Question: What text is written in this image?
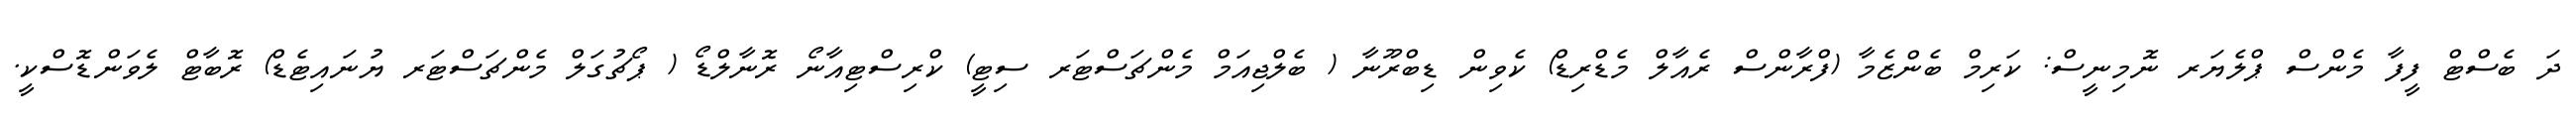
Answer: ދަ ބެސްޓް ފީފާ މެންސް ޕްލެޔަރ ނޮމިނީސް: ކަރިމް ބެންޒެމާ (ފްރާންސް ރެއާލް މެޑްރިޑް) ކެވިން ޑިބްރޫނާ ( ބެލްޖިއަމް މެންޗަސްޓަރ ސިޓީ) ކްރިސްޓިއާނޯ ރޮނާލްޑޯ ( ޕޯޗުގަލް މެންޗަސްޓަރ ޔުނައިޓެޑް) ރޮބާޓް ލެވަންޑޮސްކީ.